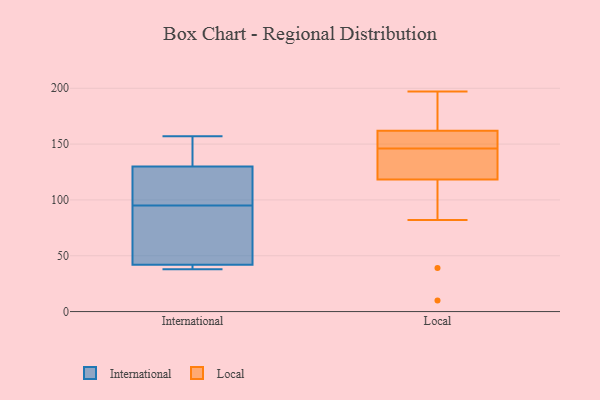
{"axis": {"x": "Production Output", "y": "Value"}, "legend": ["International", "Local"], "data": [{"x": "", "y": 130, "type": "International"}, {"x": "", "y": 157, "type": "International"}, {"x": "", "y": 99, "type": "International"}, {"x": "", "y": 105, "type": "International"}, {"x": "", "y": 42, "type": "International"}, {"x": "", "y": 91, "type": "International"}, {"x": "", "y": 38, "type": "International"}, {"x": "", "y": 39, "type": "International"}, {"x": "", "y": 148, "type": "International"}, {"x": "", "y": 91, "type": "International"}, {"x": "", "y": 154, "type": "Local"}, {"x": "", "y": 134, "type": "Local"}, {"x": "", "y": 158, "type": "Local"}, {"x": "", "y": 131, "type": "Local"}, {"x": "", "y": 82, "type": "Local"}, {"x": "", "y": 10, "type": "Local"}, {"x": "", "y": 146, "type": "Local"}, {"x": "", "y": 114, "type": "Local"}, {"x": "", "y": 163, "type": "Local"}, {"x": "", "y": 172, "type": "Local"}, {"x": "", "y": 159, "type": "Local"}, {"x": "", "y": 39, "type": "Local"}, {"x": "", "y": 186, "type": "Local"}, {"x": "", "y": 137, "type": "Local"}, {"x": "", "y": 197, "type": "Local"}]}